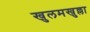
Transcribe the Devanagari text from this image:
खुलमखुल्ला